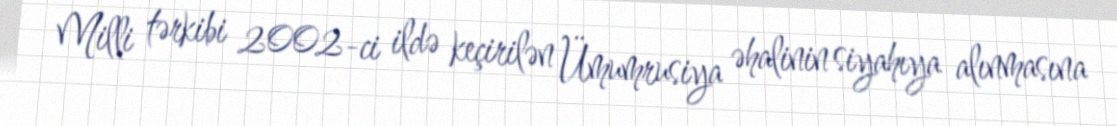
Milli tərkibi 2002-ci ildə keçirilən Ümumrusiya əhalinin siyahıya alınmasına